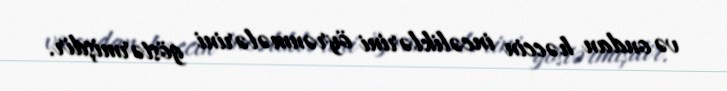
və ondan həccin incəliklərini öyrənmələrini göstərmişdir.